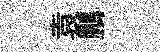
袁鵬